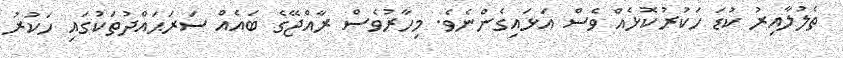
ތެލުލާއިރު ކުޑަ ހަކުރުކޮޅެއް ވެސް އަޅައިގެންނެވެ. މިހާރުވެސް ރާއްޖޭގެ ބައެއް ސަރަޙައްދުތަކުގައި ހަކުރު